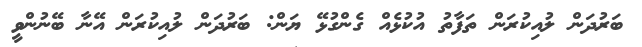
ބަރުދަން ލުއިކުރަން ތަފާތު އުކުޅެއް ގެންގުޅޭ ޔަން: ބަރުދަން ލުއިކުރަން އޭނާ ބޭނުންވީ